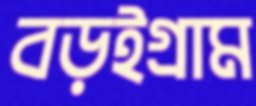
বড়ইগ্রাম